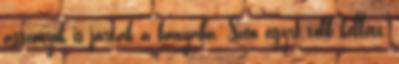
asszonyok is jártak a bányába. Szén egyre több kellett,